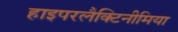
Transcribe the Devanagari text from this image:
हाइपरलैक्टिनीमिया